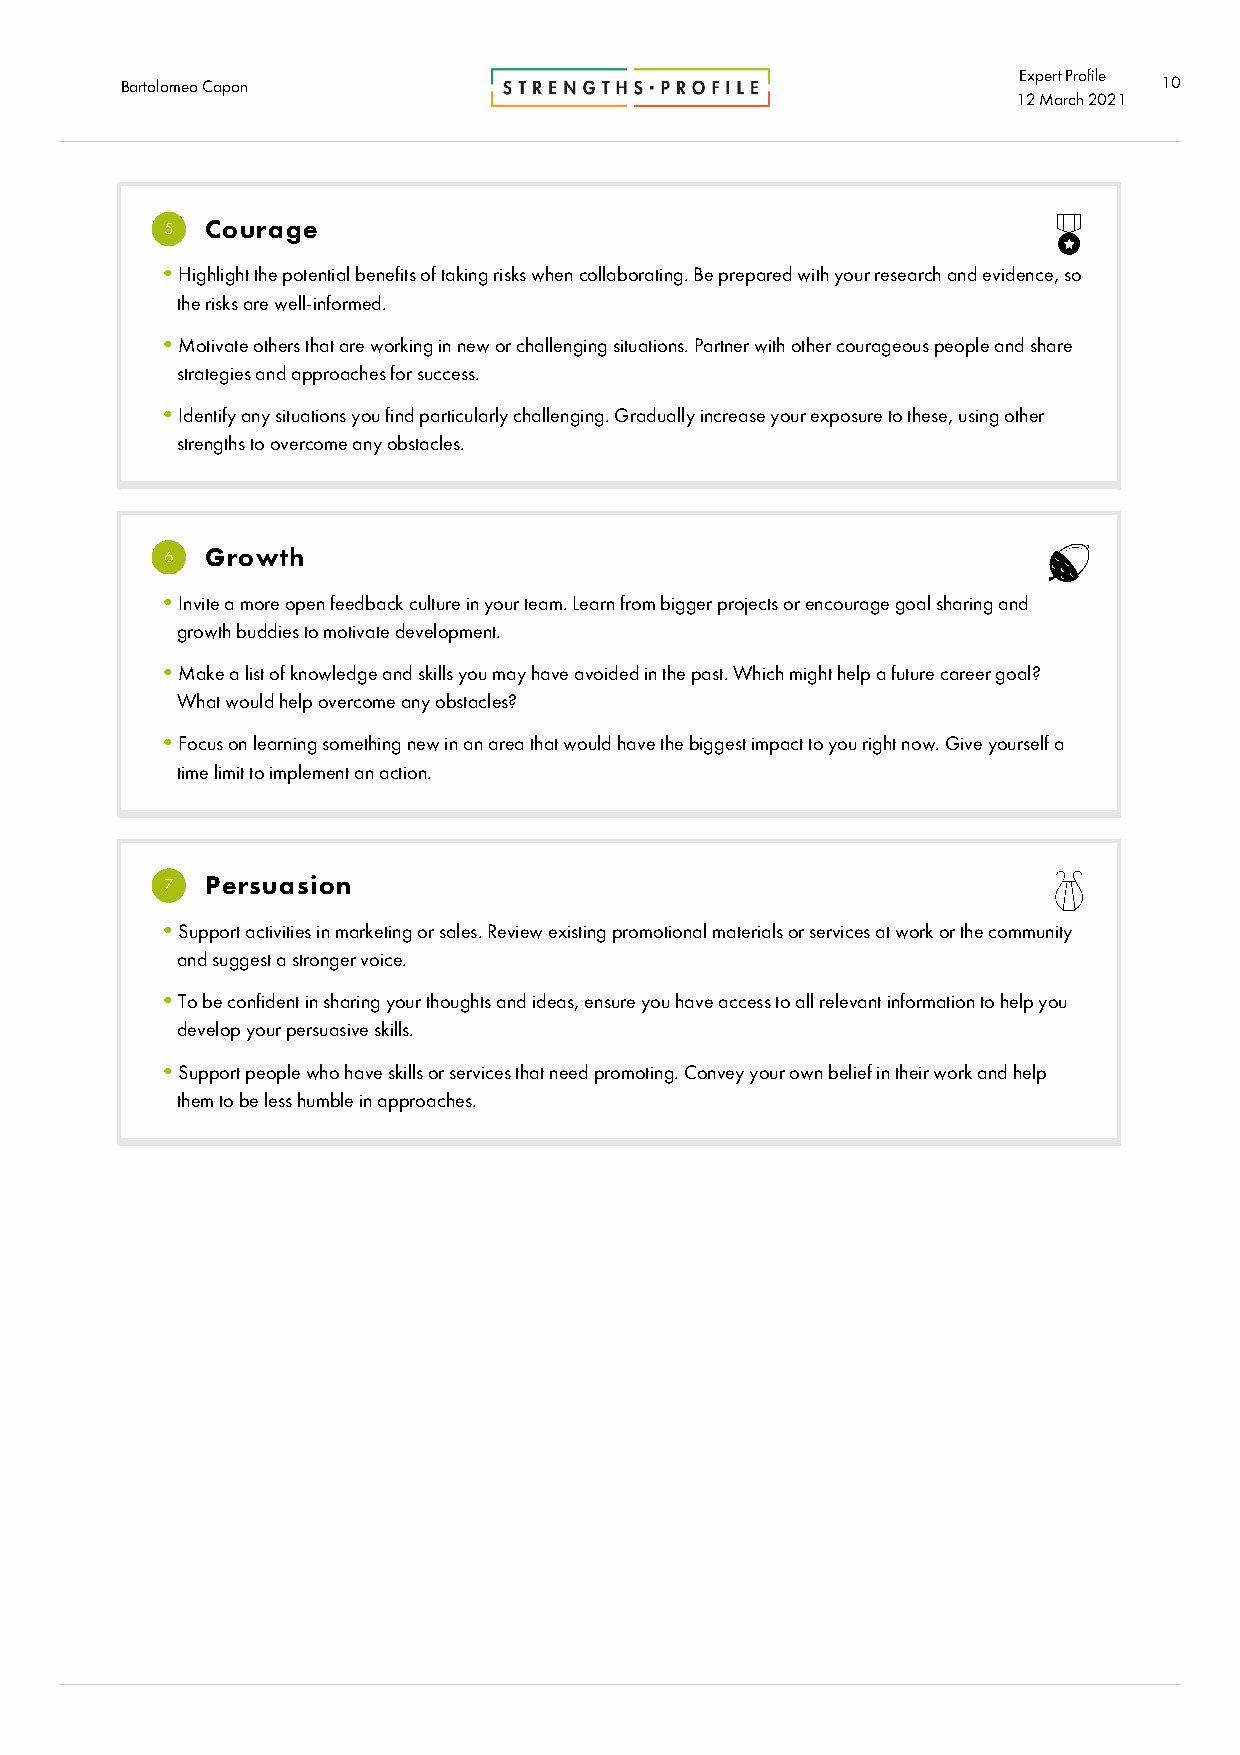
Expert Profile
 Barto lomeo Capon                                                    10
 12 Marc h2021
 5  Courage
 •Highlight the potential benefits of taking risks when collaborating. Be prepared with your research and evidence, so
 the risks are well-informed.
 •Motivate others that are working in new or challenging situations. Partner with other courageous people and share
 strategies and approaches for success.
 •Identify any situations you find particularly challenging. Gradually increase your exposure to these, using other
 strengths to overcome any obstacles.
 6  Growth
 •Invite a more open feedback culture in your team. Learn from bigger projects or encourage goal sharing and
 growth buddies to motivate development.
 •Make a list of knowledge and skills you may have avoided in the past. Which might help a future career goal?
 What would help overcome any obstacles?
 •Focus on learning something new in an area that would have the biggest impact to you right now. Give yourself a
 time limit to implement an action.
 7  Persuasion
 •Support activities in marketing or sales. Review existing promotional materials or services at work or the community
 and suggest a stronger voice.
 •To be confident in sharing your thoughts and ideas, ensure you have access to all relevant information to help you
 develop your persuasive skills.
 •Support people who have skills or services that need promoting. Convey your own belief in their work and help
 them to be less humble in approaches.